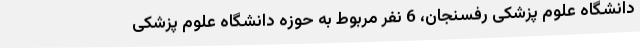
دانشگاه علوم پزشکی رفسنجان، 6 نفر مربوط به حوزه دانشگاه علوم پزشکی